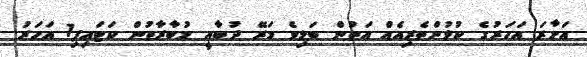
އަށާރަ އަހަރުގެ ކުޅުންތެރިއެއް އަތުން ބަލިވެ މަރޭ ދުބާއީ މުބާރާތުން ކަޓައިފި1 އަހަރު